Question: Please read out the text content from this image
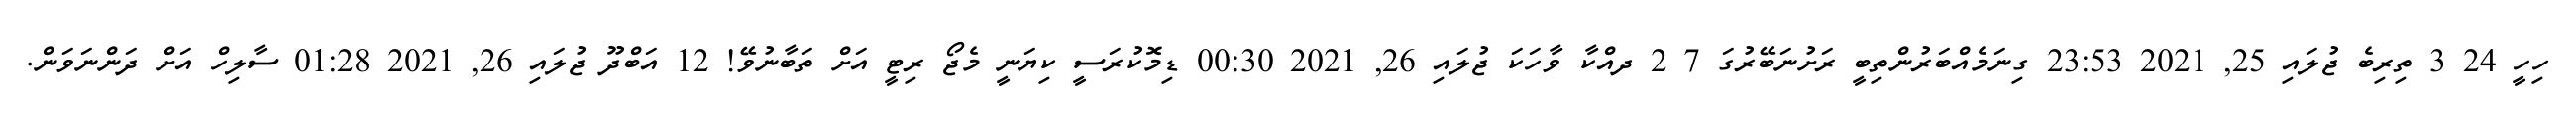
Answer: ހިހީ 24 3 ތިރިބެ ޖުލައި 25, 2021 23:53 ގިނަމެއްބަރުންތިބީ ރަށުނަބޭރުގަ 7 2 ދއްކާ ވާހަކަ ޖުލައި 26, 2021 00:30 ޑިމޮކުރަސީ ކިޔަނީ މެޖޯ ރިޓީ އަށް ތަބާނުވޭ! 12 އަބްދޫ ޖުލައި 26, 2021 01:28 ސާލިހް އަށް ދަންނަވަން.